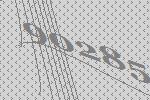
90285